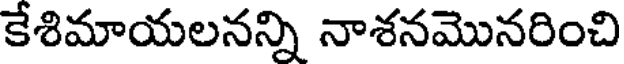
కేశిమాయలనన్ని నాశనమొనరించి